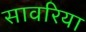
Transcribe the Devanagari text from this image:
सावरिया